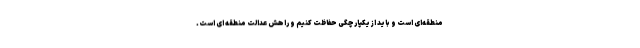
منطقه‌ای است و باید از یکپارچگی حفاظت کنیم و راهش عدالت منطقه ای است.